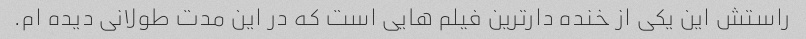
راستش این یکی از خنده دارترین فیلم هایی است که در این مدت طولانی دیده ام.